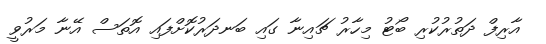
އާރިފް ދަތުރުކުރި ބޯޓު މިހާރު ޗައިނާ ގައި ބަނދަރުކޮށްފައި އޮތަސް އޭނާ މަރުވީ